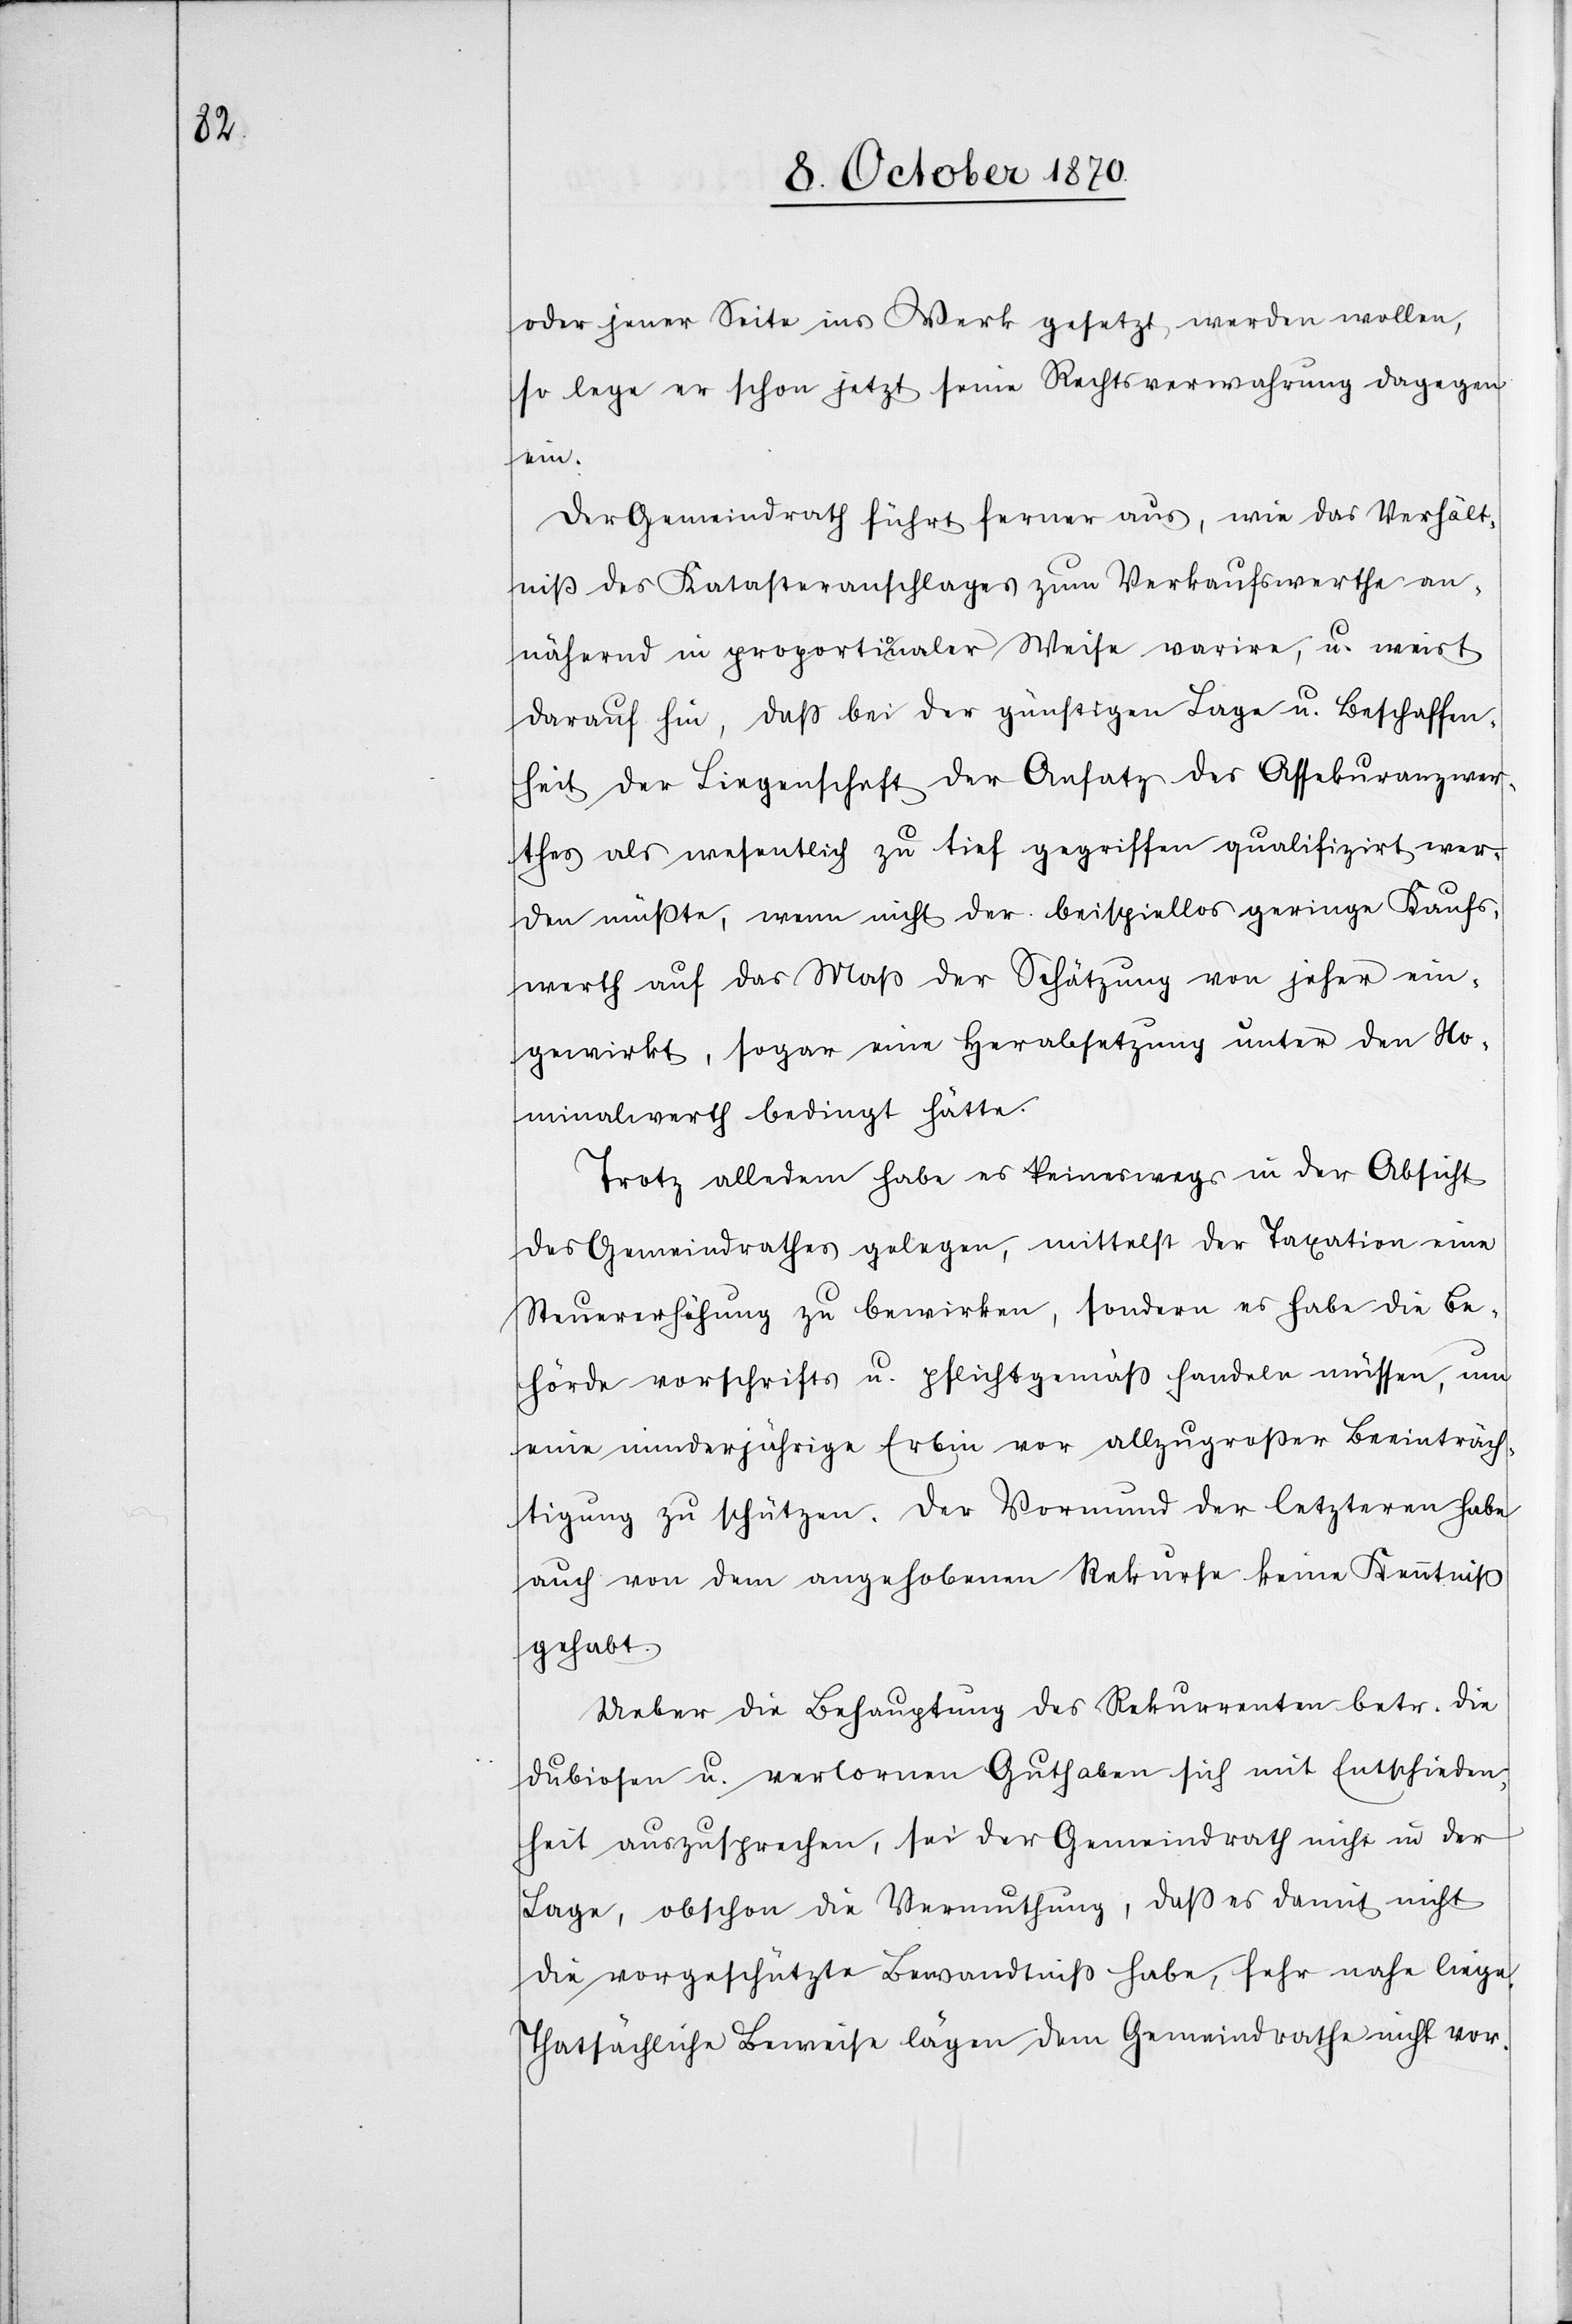
jener Seite ins Werk gesetzt werden wollen,
so lege er schon jetzt seine Rechtsverwahrung dagegen
ein.
Der Gemeindrath führt ferner aus, wie das Verhält¬
niß des Katasteranschlages zum Verkaufswerthe an¬
nähernd in proportionaler Weise varire, u. weist
darauf hin, daß bei der günstigen Lage u. Beschaffen¬
heit der Liegenschaft der Ansatz des Assekuranzwer¬
thes als wesentlich zu tief gegriffen qualifizirt wer¬
den müßte, wenn nicht der beispiellos geringe Kaufs¬
werth auf das Maß der Schätzung von jeher ein¬
gewirkt, sogar eine Herabsetzung unter den No¬
minalwerth bedingt hätte.
Trotz alledem habe es keineswegs in der Absicht
des Gemeindrathes gelegen, mittelst der Taxation eine
Steuererhöhung zu bewirken, sondern es habe die Be¬
hörde vorschrifts- u. pflichtgemäß handeln müssen, um
eine minderjährige Erbin vor allzu großer Beeinträch¬
tigung zu schützen. Der Vormund der letzteren habe
auch von dem angehobenen Rekurse keine Kenntniß
gehabt.
Ueber die Behauptung des Rekurrenten betr. die
dubiosen u. verlorenen Guthaben sich mit Entschieden¬
heit auszusprechen, sei der Gemeindrath nicht in der
Lage, obschon die Vermuthung, daß es damit nicht
die vorgeschützte Bewandtniß habe, sehr nahe liege.
Thatsächliche Beweise lägen dem Gemeindrathe nicht vor.